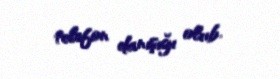
telefon danışığı olub.